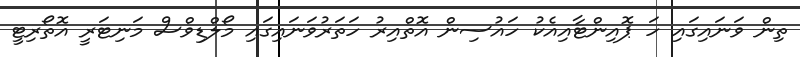
ތިން ވަނައިގައި ހަ ޕޮއިންޓާއިއެކު ހައުސިން އޮތްއިރު ހަތަރުވަނައިގައި މޯލްޑިވްސް މަނިޓަރީ އޮތޯރިޓީ